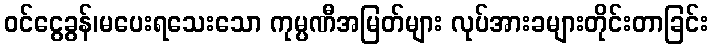
ဝင်ငွေခွန်၊မပေးရသေးသော ကုမ္ပဏီအမြတ်များ လုပ်အားခများတိုင်းတာခြင်း